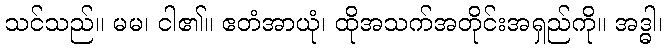
သင်သည်။ မမ၊ ငါ၏။ ဧတံအာယုံ၊ ထိုအသက်အတိုင်းအရှည်ကို။ အဒ္ဓါ၊